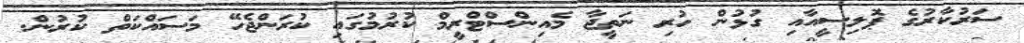
ސަރުކާރުގެ ޕޮލިސީއާއި ގުޅުން ހުރި ނަތީޖާ މެއިންސްޓްރީމް ކުރުމުގައި ކުރަންޖެހޭ މަސައްކަތް ކުރުން.